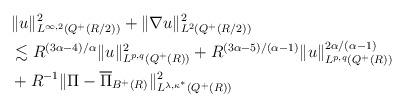
LaTeX: \begin{align*}&\|u\|^2_{L^{\infty,2}(Q^{+}(R/2))} + \|\nabla u\|^2_{L^{2}(Q^{+}(R/2))} \\&\lesssim R^{(3\alpha-4)/\alpha} \|u\|^{2}_{L^{p,q}(Q^{+}(R))}+ R^{(3\alpha-5)/(\alpha-1)} \|u\|^{2\alpha/(\alpha-1)}_{L^{p,q}(Q^{+}(R))} \\&+ R^{-1} \|\Pi-\overline{\Pi}_{B^{+}(R)}\|^{2}_{L^{\lambda,\kappa^*}(Q^{+}(R))}\end{align*}